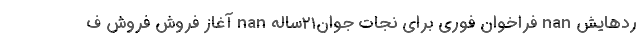
ردهایش nan فراخوان فوری برای نجات جوان۲۱ساله nan آغاز فروش فروش ف